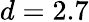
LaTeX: d=2.7